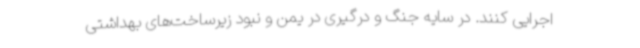
اجرایی کنند. در سایه جنگ و درگیری در یمن و نبود زیرساخت‌های بهداشتی